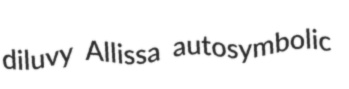
diluvy Allissa autosymbolic